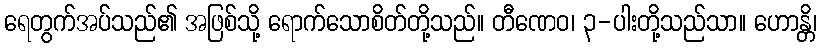
ရေတွက်အပ်သည်၏ အဖြစ်သို့ ရောက်သောစိတ်တို့သည်။ တီဏေဝ၊ ၃-ပါးတို့သည်သာ။ ဟောန္တိ၊